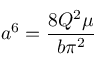
a ^ { 6 } = \frac { 8 Q ^ { 2 } \mu } { b \pi ^ { 2 } }